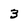
Character: 3